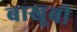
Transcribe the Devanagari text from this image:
बाखूबी